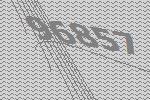
96857